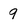
Character: 9